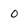
Character: o